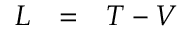
\begin{array} { r c l } { L } & { = } & { T - V } \end{array}